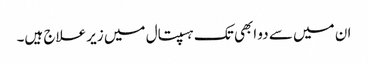
ان میں سے دو ابھی تک ہسپتال میں زیر علاج ہیں۔